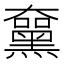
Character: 𪑵